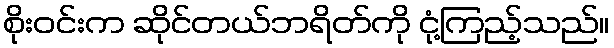
စိုးဝင်းက ဆိုင်တယ်ဘရိတ်ကို ငုံ့ကြည့်သည်။